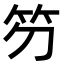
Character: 䇖